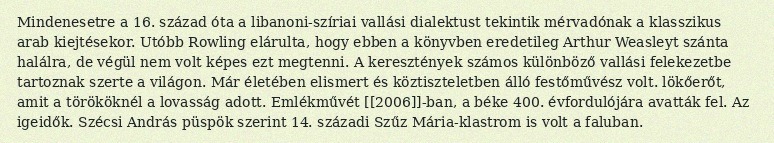
Mindenesetre a 16. század óta a libanoni-szíriai vallási dialektust tekintik mérvadónak a klasszikus arab kiejtésekor. Utóbb Rowling elárulta, hogy ebben a könyvben eredetileg Arthur Weasleyt szánta halálra, de végül nem volt képes ezt megtenni. A keresztények számos különböző vallási felekezetbe tartoznak szerte a világon. Már életében elismert és köztiszteletben álló festőművész volt. lökőerőt, amit a törököknél a lovasság adott. Emlékművét [[2006]]-ban, a béke 400. évfordulójára avatták fel. Az igeidők. Szécsi András püspök szerint 14. századi Szűz Mária-klastrom is volt a faluban.